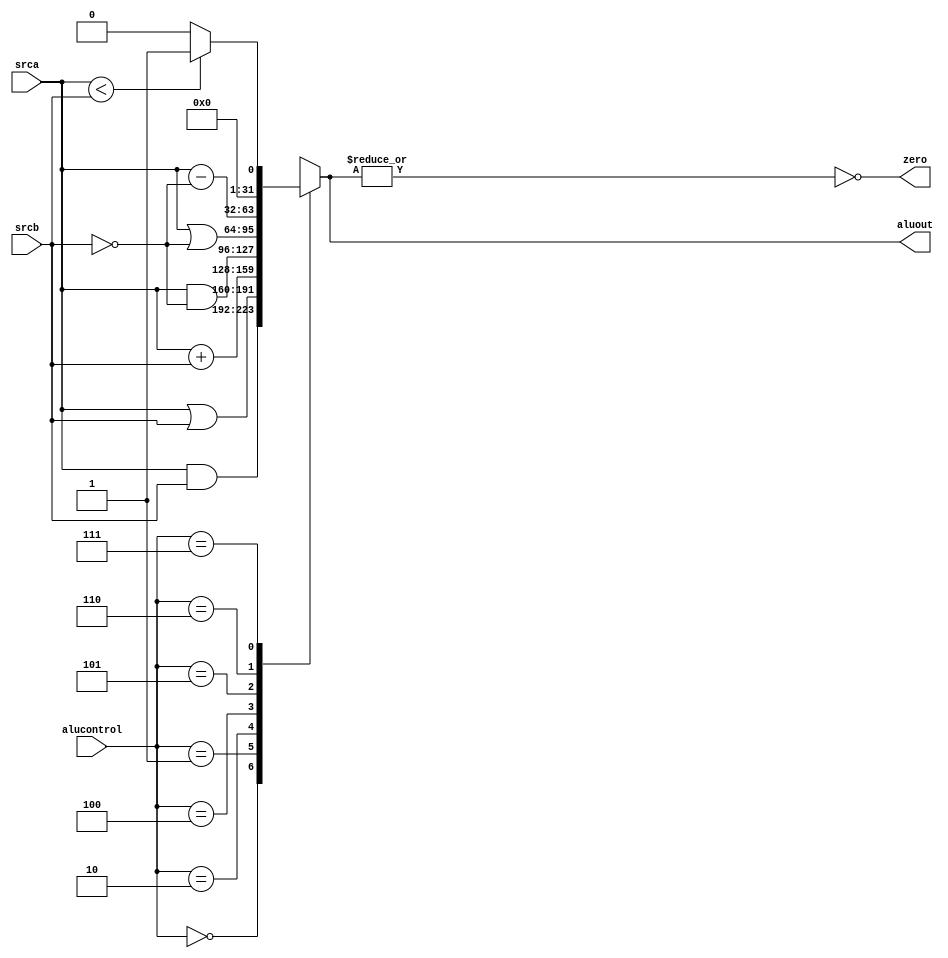
`timescale 1ns / 1ps

module alu(
	input [31:0] srca,	
	input [31:0] srcb,	
	input [2:0] alucontrol, 
	output [31:0] aluout,
	output zero
	);
	
	reg [31:0] aluResult;
	assign aluout = aluResult;
	

always @(*)

	case (alucontrol)
		3'b000 : aluResult <= srca & srcb;	//and
		3'b001 : aluResult <= srca | srcb;	//or
		3'b010 : aluResult <= srca + srcb;	//add
		3'b100 : aluResult <= srca & ~srcb;	//nand
		3'b101 : aluResult <= srca | ~srcb;	//nor
	   3'b110 : aluResult <= srca - ~srcb;	//sub
		3'b111 : aluResult <= (srca < srcb) ? 1: 0;	//slt
		default : aluResult <= 32'bxxx;
		
	endcase
		
		assign zero = !(|aluResult);


endmodule